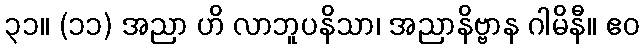
၃၁။ (၁၁) အညာ ဟိ လာဘူပနိသာ၊ အညာနိဗ္ဗာန ဂါမိနီ။ ဧဝ